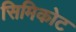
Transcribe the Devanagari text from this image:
सिमिकोट